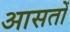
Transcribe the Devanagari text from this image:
आसतों